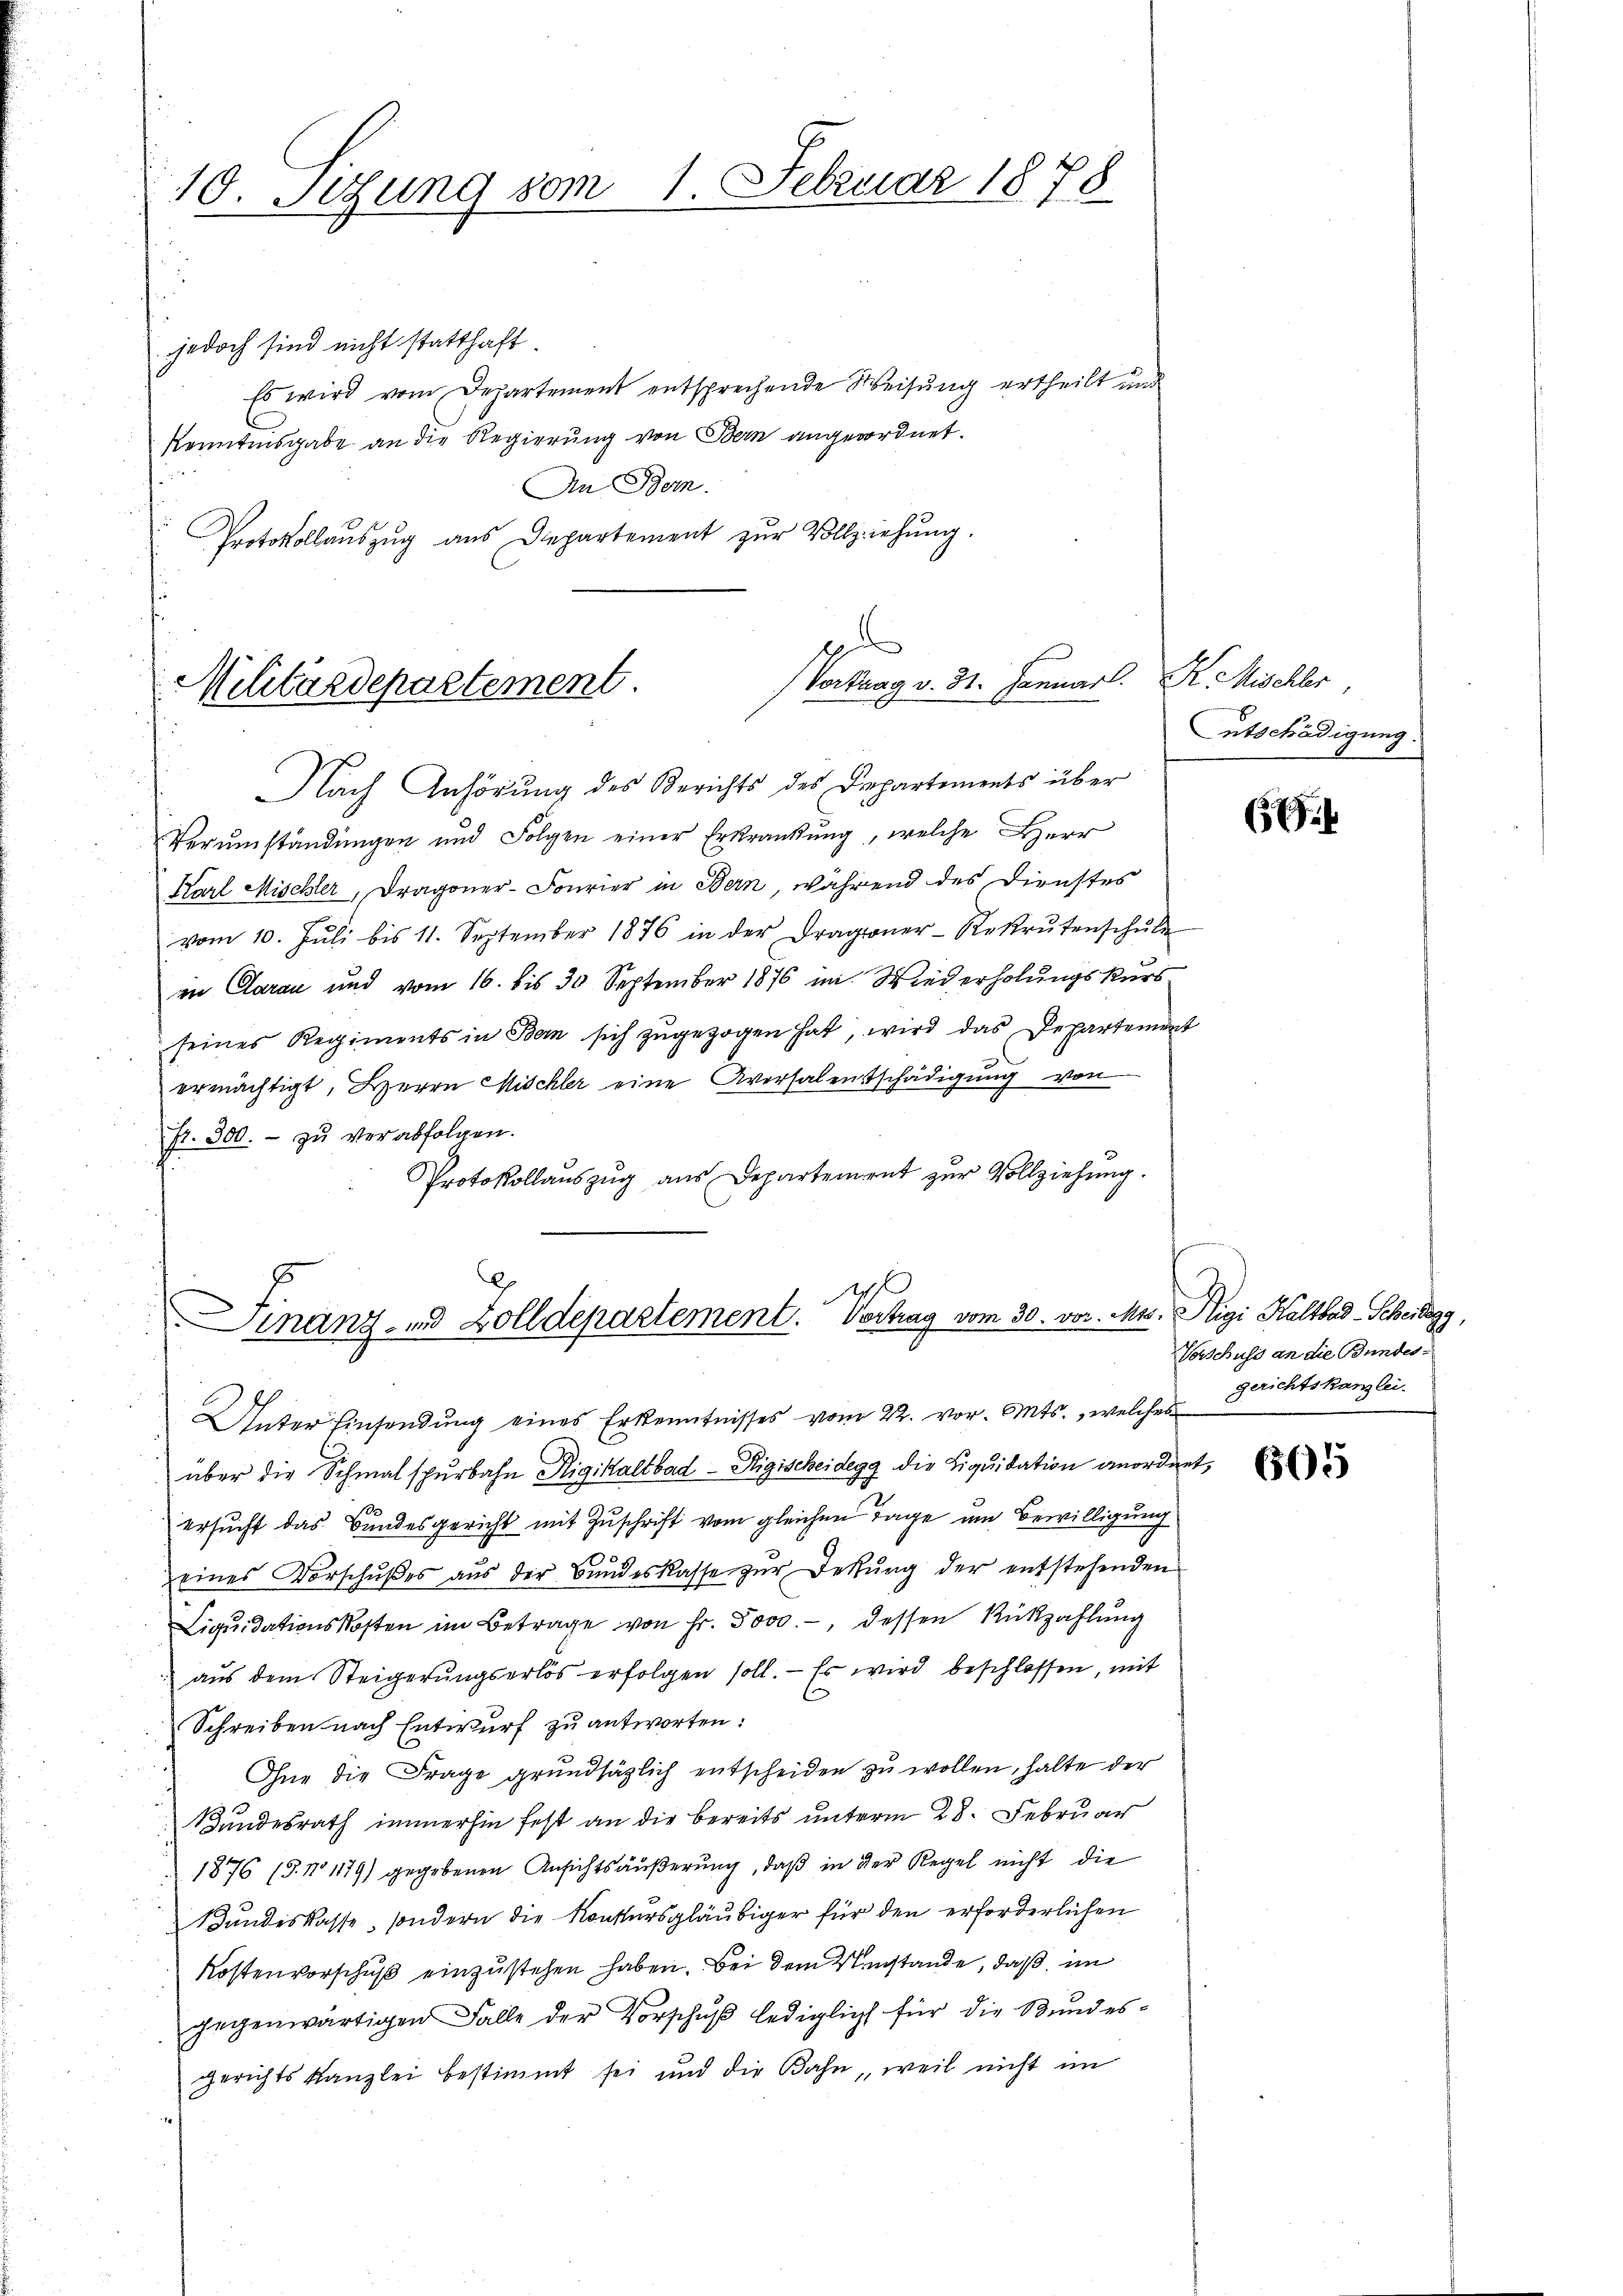
10. Sizung vom 1. Februar 1878

jedoch sind nicht statthaft.
Es wird vom Departement entsprechende Weisung ertheilt und
Kenntnisgabe an die Regierung von Bern angeordnet.
An Bern.
Protokollauszug aus Departement zur Vollziehung.

Nach Anhörung des Berichts des Departements über
Verŭmständŭngen und Folgen einer Erkrankung, welche Herr
Karl Mischler, Dragoner-Fourier in Bern, während des Dienstes
vom 10. Jŭli bis 11. September 1876 in der Dragoner-Rekrutenschŭle
in Clarau und vom 16. bis 30 September 1876 im Wiederholungskurs
seines Regiments in Bern sich zugezogen hat, wird das Departement
ermächtigt, Herrn Mischler eine Aversalentschädigŭng von
fr. 300. - zu verabfolgen.
Protokollauszug aus Departement zur Vollziehung.

e
Vortrag v. 31. Januar l. K. Mischler,
Militärdepartement.

d
.
Finanz- und Zolldepartement. Vertrag vom 30. vor. Mts. Rigi Kaltbad-Scheidegg,

Unter Einsendung eines Erkenntnisses vom 22. vor. Mts., welches
über die Schmalspurbahn Rigikaltbad - Rigischeidegg die Liquidation anordnet,
18
ersucht das Bundesgericht mit Zuschrift vom gleichen Tage um Bewilligung
seines Vorschŭβes aŭs der Bŭndeskasse zŭr Dekŭng der entstehenden
Liqŭidationskosten im Betrage von Fr. 5000.-, dessen Rükzahlung
aŭs dem Steigerŭngserlös erfolgen soll. Es wird beschlossen, mit
Schreiben nach Entwurf zu antworten:
Ohne die Frage grundsätzlich entscheiden zu wollen, halte der
Bundesrath immerhin fest an die bereits unterm 28. Februar
1876 (3. No 1179) gegebenen Ansichtsäußerung, daß in der Regel nicht die
Bundeskasse, sondern die Konkursgläubiger für den erforderlichen
Kostenvorschuß einzustehen haben. Bei dem Umstände, daß im
gegenwärtigen Falle der Vorschŭβ lediglich für die Bŭndes-
gerichts Kanzlei bestimmt sei und die Bahn, weil nicht im

ntschädigung.

61.

Vorschuss an die Bundesgerichtskanzlei.

665